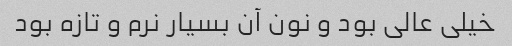
خیلی عالی بود و نون آن بسیار نرم و تازه بود